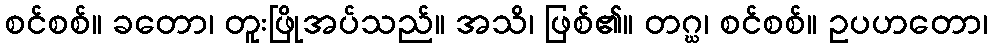
စင်စစ်။ ခတော၊ တူးဖြိုအပ်သည်။ အသိ၊ ဖြစ်၏။ တဂ္ဃ၊ စင်စစ်။ ဥပဟတော၊